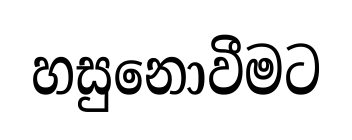
හසුනොවීමට